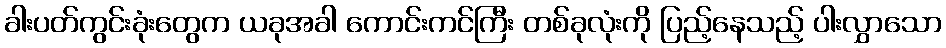
ခါးပတ်ကွင်းခုံးတွေက ယခုအခါ ကောင်းကင်ကြီး တစ်ခုလုံးကို ပြည့်နေသည့် ပါးလွှာသော